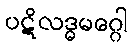
ပဋိလဒ္ဓမဂ္ဂေါ